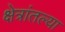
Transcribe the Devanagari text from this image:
क्षेत्रांतल्या